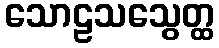
သောဠသသွေတ္ထ